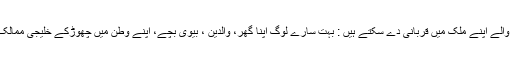
خلیجی ممالک میں رہنے والے اپنے ملک میں قربانی دے سکتے ہیں : بہت سارے لوگ اپنا گھر، والدین ، بیوی بچے، اپنے وطن میں چھوڑکے خلیجی ممالک میں نوکری کرتے ہیں ۔